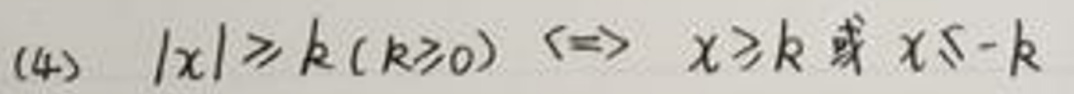
$(4) |x|\geqslant k(k\geqslant0)\Leftrightarrow x\geqslant k$或$x\leqslant -k$